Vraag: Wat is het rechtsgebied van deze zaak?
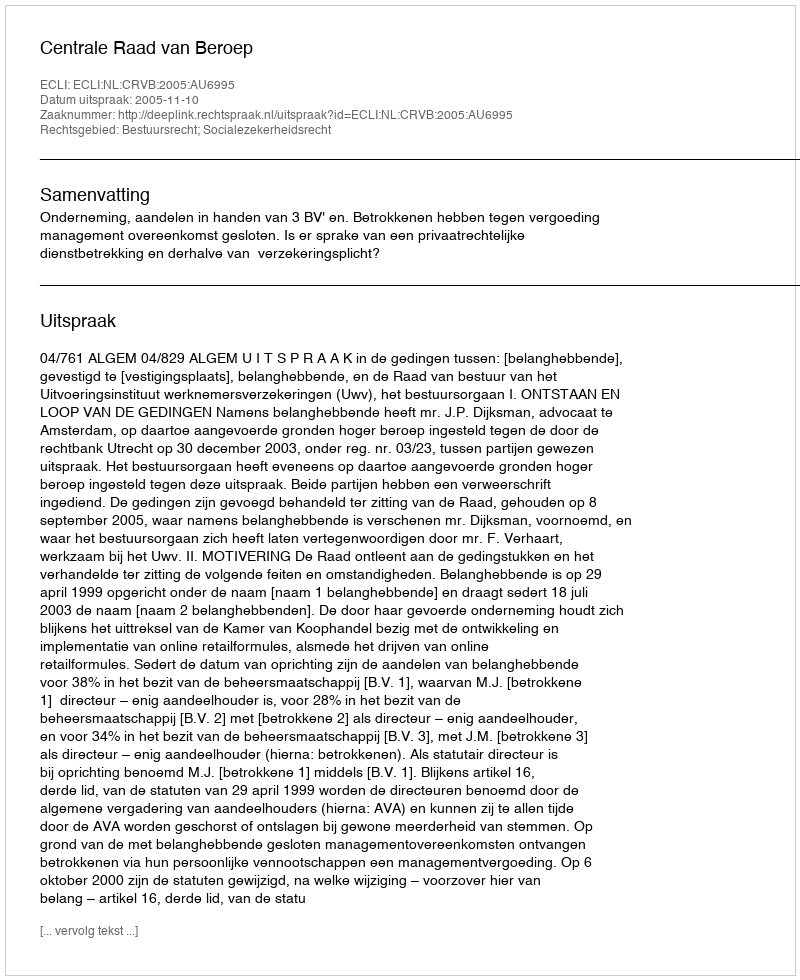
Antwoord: Bestuursrecht; Socialezekerheidsrecht